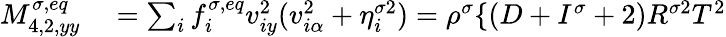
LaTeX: \begin{array}{r}{\begin{array}{rl}{M_{4,2,yy}^{\sigma,eq}}&{{}=\sum_{i}f_{i}^{\sigma,eq}v_{iy}^{2}(v_{i\alpha}^{2}+\eta_{i}^{\sigma 2})=\rho^{\sigma}\{ (D+I^{\sigma}+2)R^{\sigma 2}T^{2}}\end{array}}\end{array}